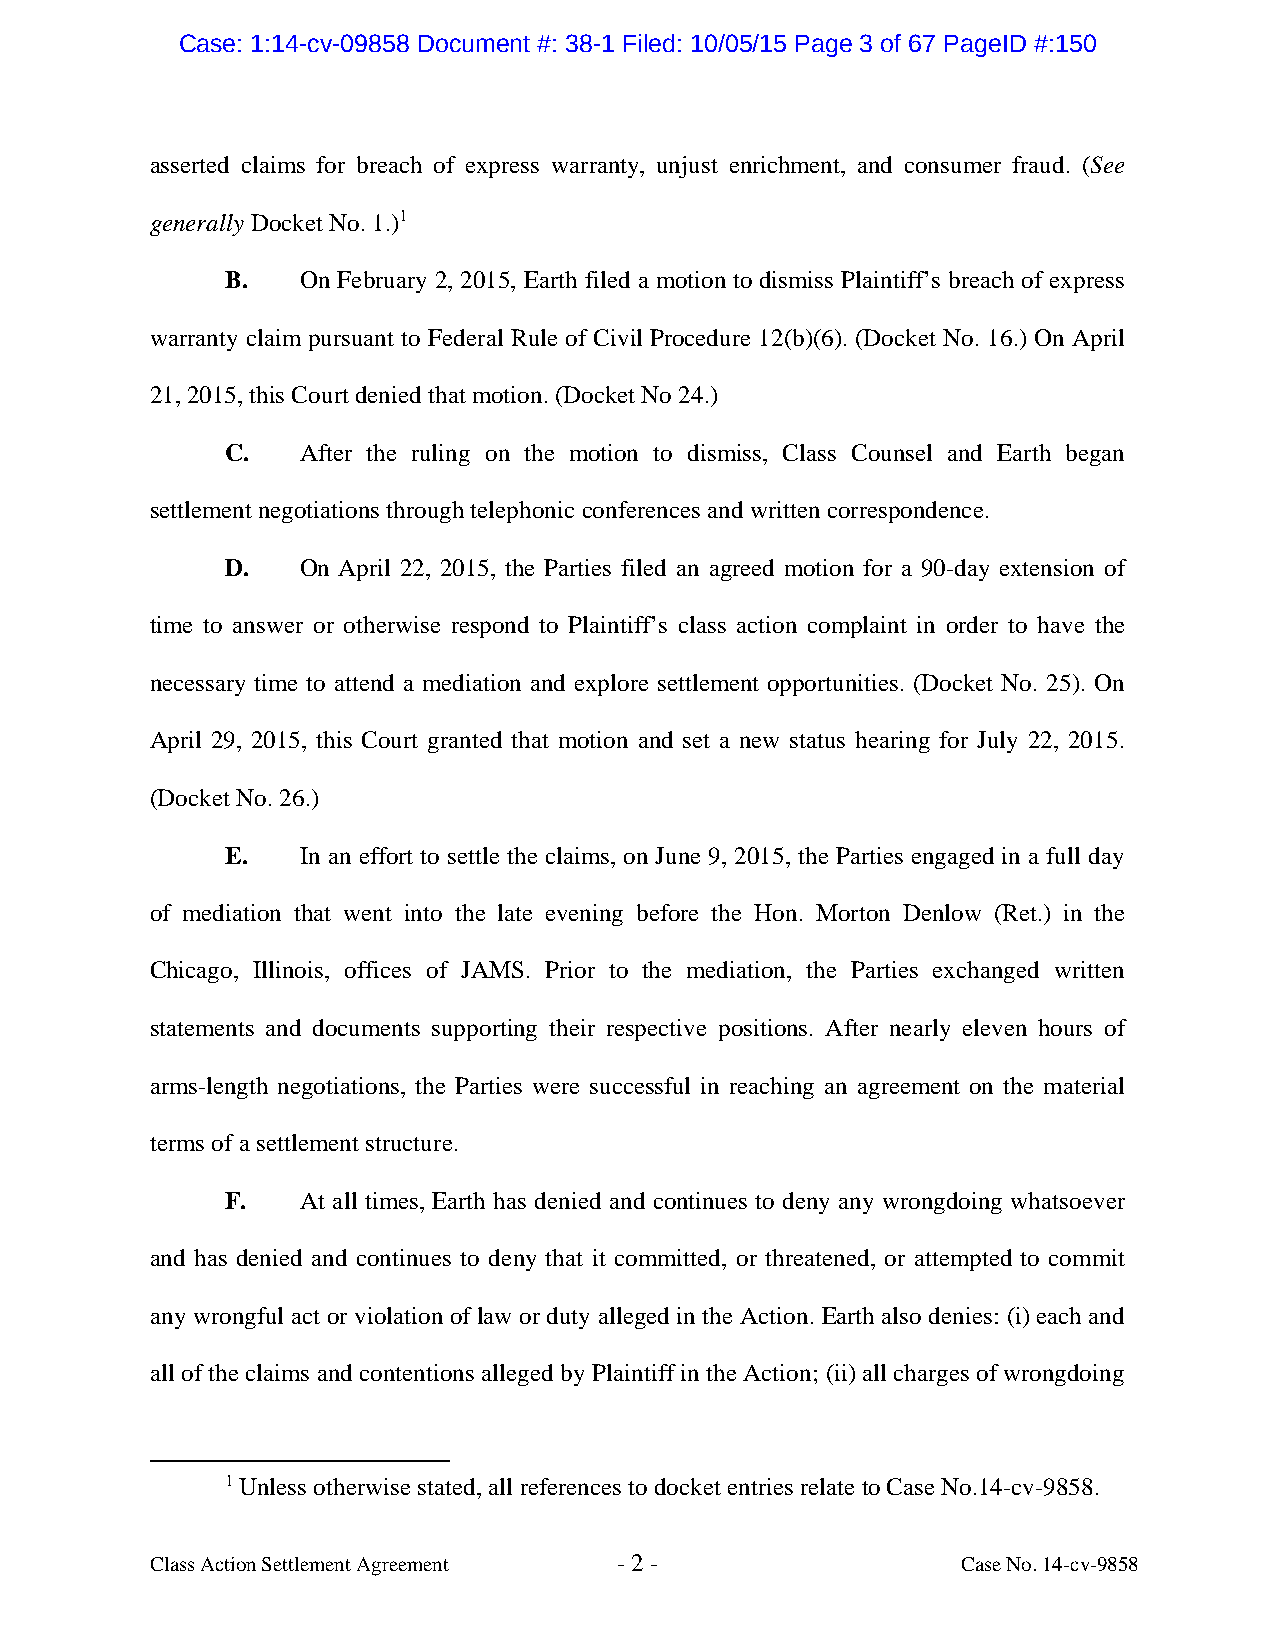
Case: 1:14-cv-09858 Document #: 38-1 Filed: 10/05/15 Page 3 of 67 PageID #:150
 asserted claims for breach of express warranty, unjust enrichment, and consumer fraud. (See
 generally Docket No. 1.)1
 B.   On February 2, 2015, Earth filed a motion to dismiss Plaintiff’s breach of express
 warranty claim pursuant to Federal Rule of Civil Procedure 12(b)(6). (Docket No. 16.) On April
 21, 2015, this Court denied that motion. (Docket No 24.)
 C.   After the ruling on the motion to dismiss, Class Counsel and Earth began
 settlement negotiations through telephonic conferences and written correspondence.
 D.   On April 22, 2015, the Parties filed an agreed motion for a 90-day extension of
 time to answer or otherwise respond to Plaintiff’s class action complaint in order to have the
 necessary time to attend a mediation and explore settlement opportunities. (Docket No. 25). On
 April 29, 2015, this Court granted that motion and set a new status hearing for July 22, 2015.
 (Docket No. 26.)
 E.   In an effort to settle the claims, on June 9, 2015, the Parties engaged in a full day
 of mediation that went into the late evening before the Hon. Morton Denlow (Ret.) in the
 Chicago, Illinois, offices of JAMS. Prior to the mediation, the Parties exchanged written
 statements and documents supporting their respective positions. After nearly eleven hours of
 arms-length negotiations, the Parties were successful in reaching an agreement on the material
 terms of a settlement structure.
 F.   At all times, Earth has denied and continues to deny any wrongdoing whatsoever
 and has denied and continues to deny that it committed, or threatened, or attempted to commit
 any wrongful act or violation of law or duty alleged in the Action. Earth also denies: (i) each and
 all of the claims and contentions alleged by Plaintiff in the Action; (ii) all charges of wrongdoing
 1 Unless otherwise stated, all references to docket entries relate to Case No.14-cv-9858.
 Class Action Settlement Agreement - 2 -               Case No. 14-cv-9858